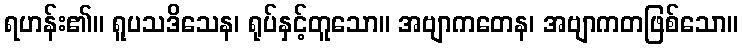
ရဟန်း၏။ ရူပသဒိသေန၊ ရုပ်နှင့်တူသော။ အဗျာကတေန၊ အဗျာကတဖြစ်သော။